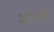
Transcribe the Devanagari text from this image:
अगर्भा